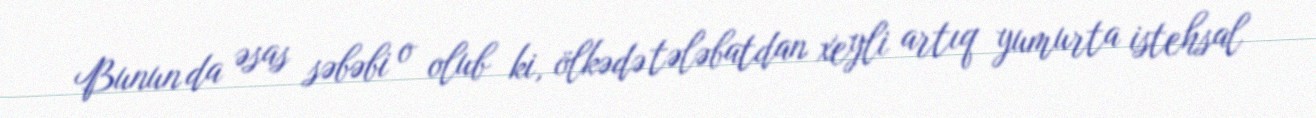
Bunun da əsas səbəbi o olub ki, ölkədə tələbatdan xeyli artıq yumurta istehsal